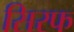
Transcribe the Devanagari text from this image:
सिरफ